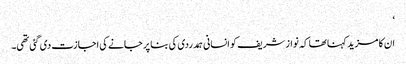
‘
ان کا مزید کہنا تھا کہ نواز شریف کو انسانی ہمدردی کی بنا پر جانے کی اجازت دی گئی تھی۔